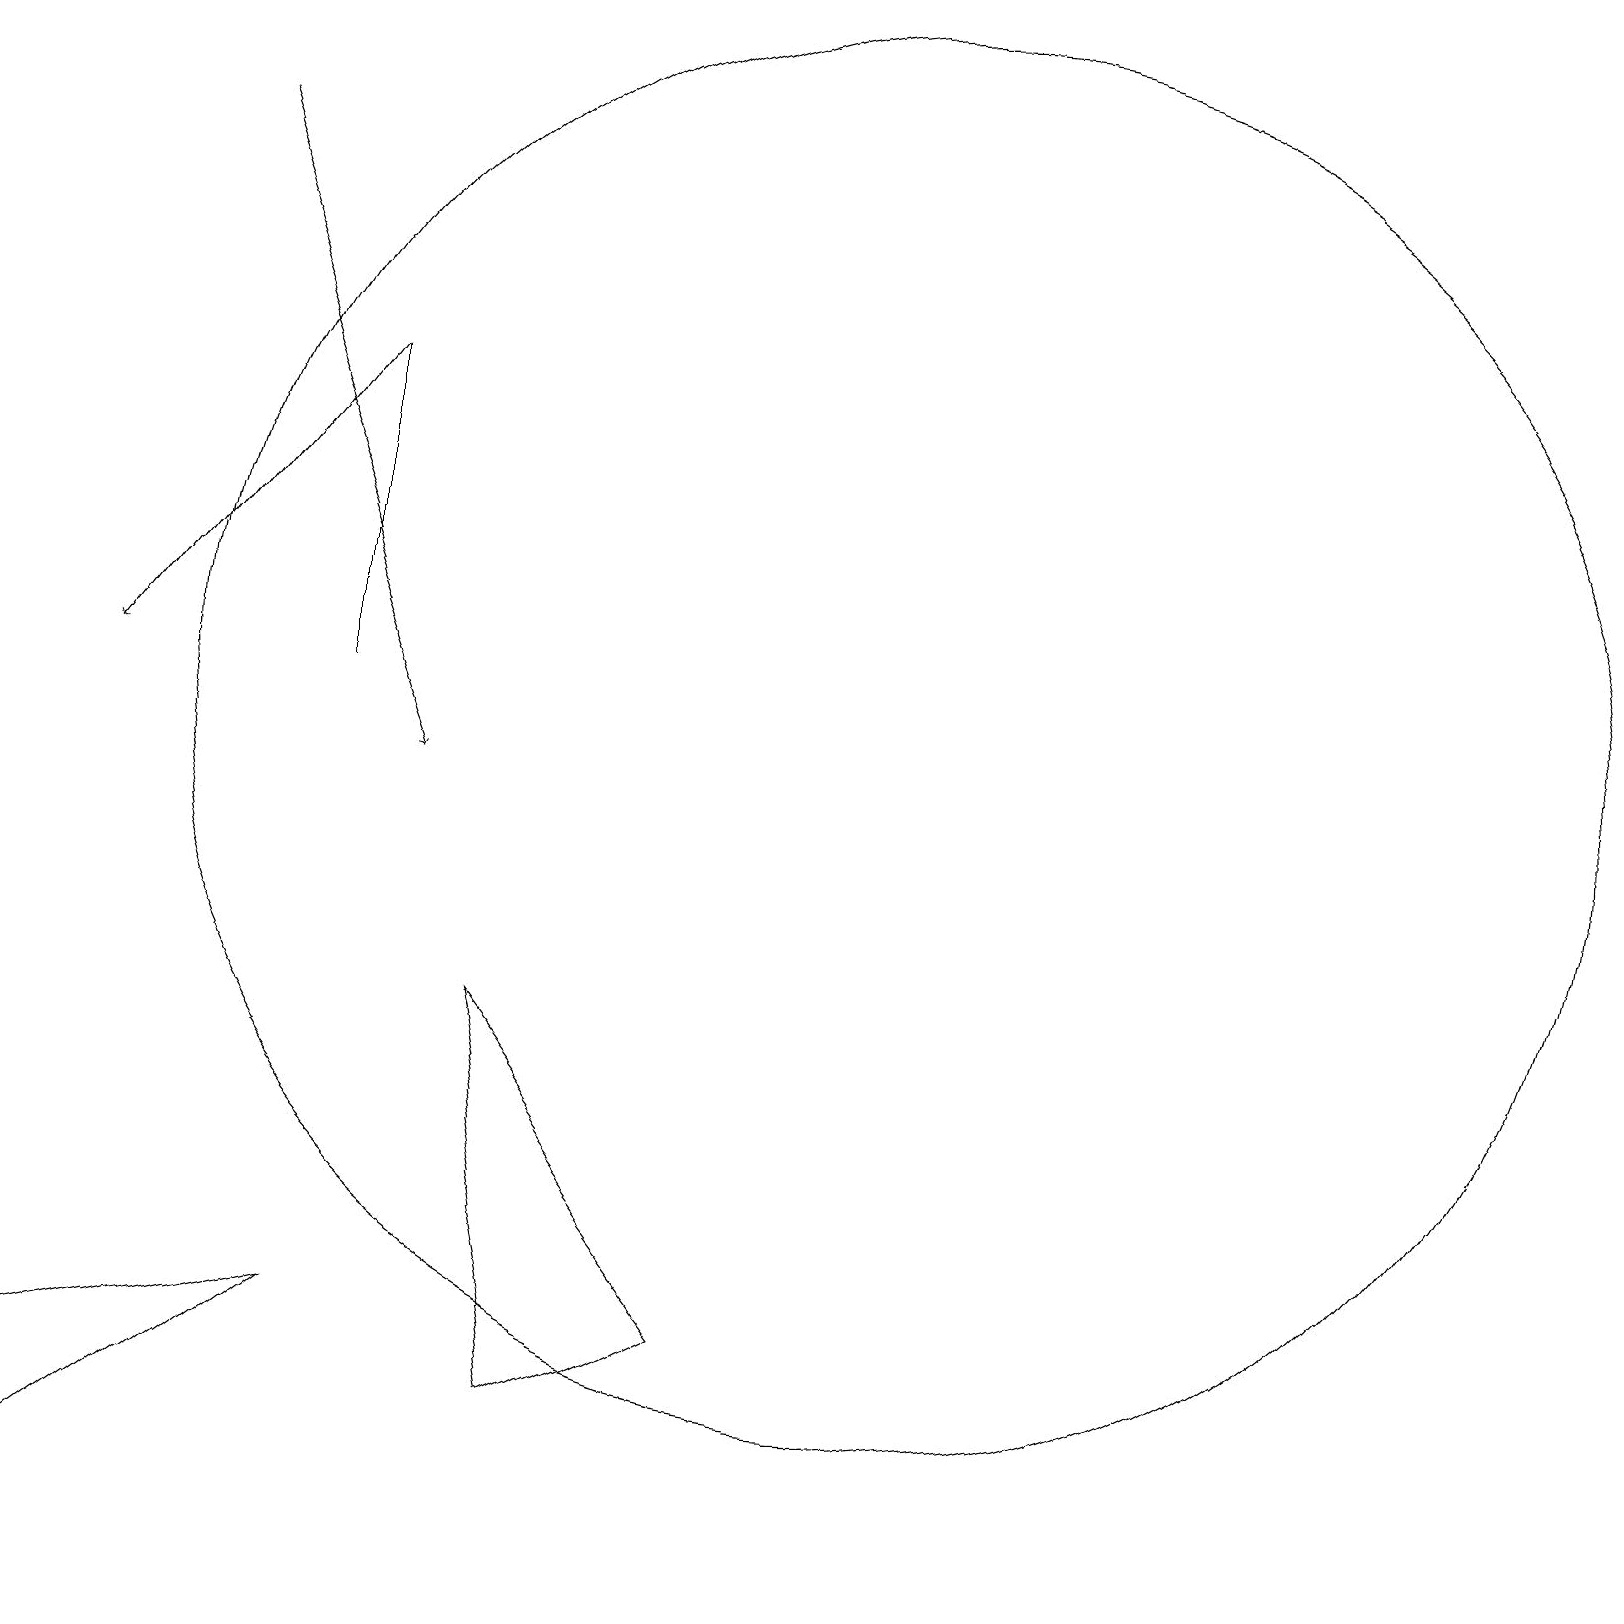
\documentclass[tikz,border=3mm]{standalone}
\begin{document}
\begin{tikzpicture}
\draw (4,11) rectangle (4,15);
\draw[->] (4,15) -- (1,11);
\draw (6,7) -- (9,3) -- (7,2) -- cycle;
\draw (11,11) circle (9);
\draw (4,3) -- (0,2) -- (0,0) -- cycle;
\draw[->] (2,18) -- (5,10);
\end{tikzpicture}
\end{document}